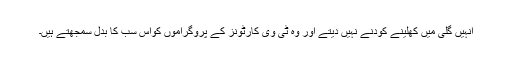
انہیں گلی میں کھلینے کودنے نہیں دیتے اور وہ ٹی وی کارٹونز کے پروگراموں کواس سب کا بدل سمجھتے ہیں۔